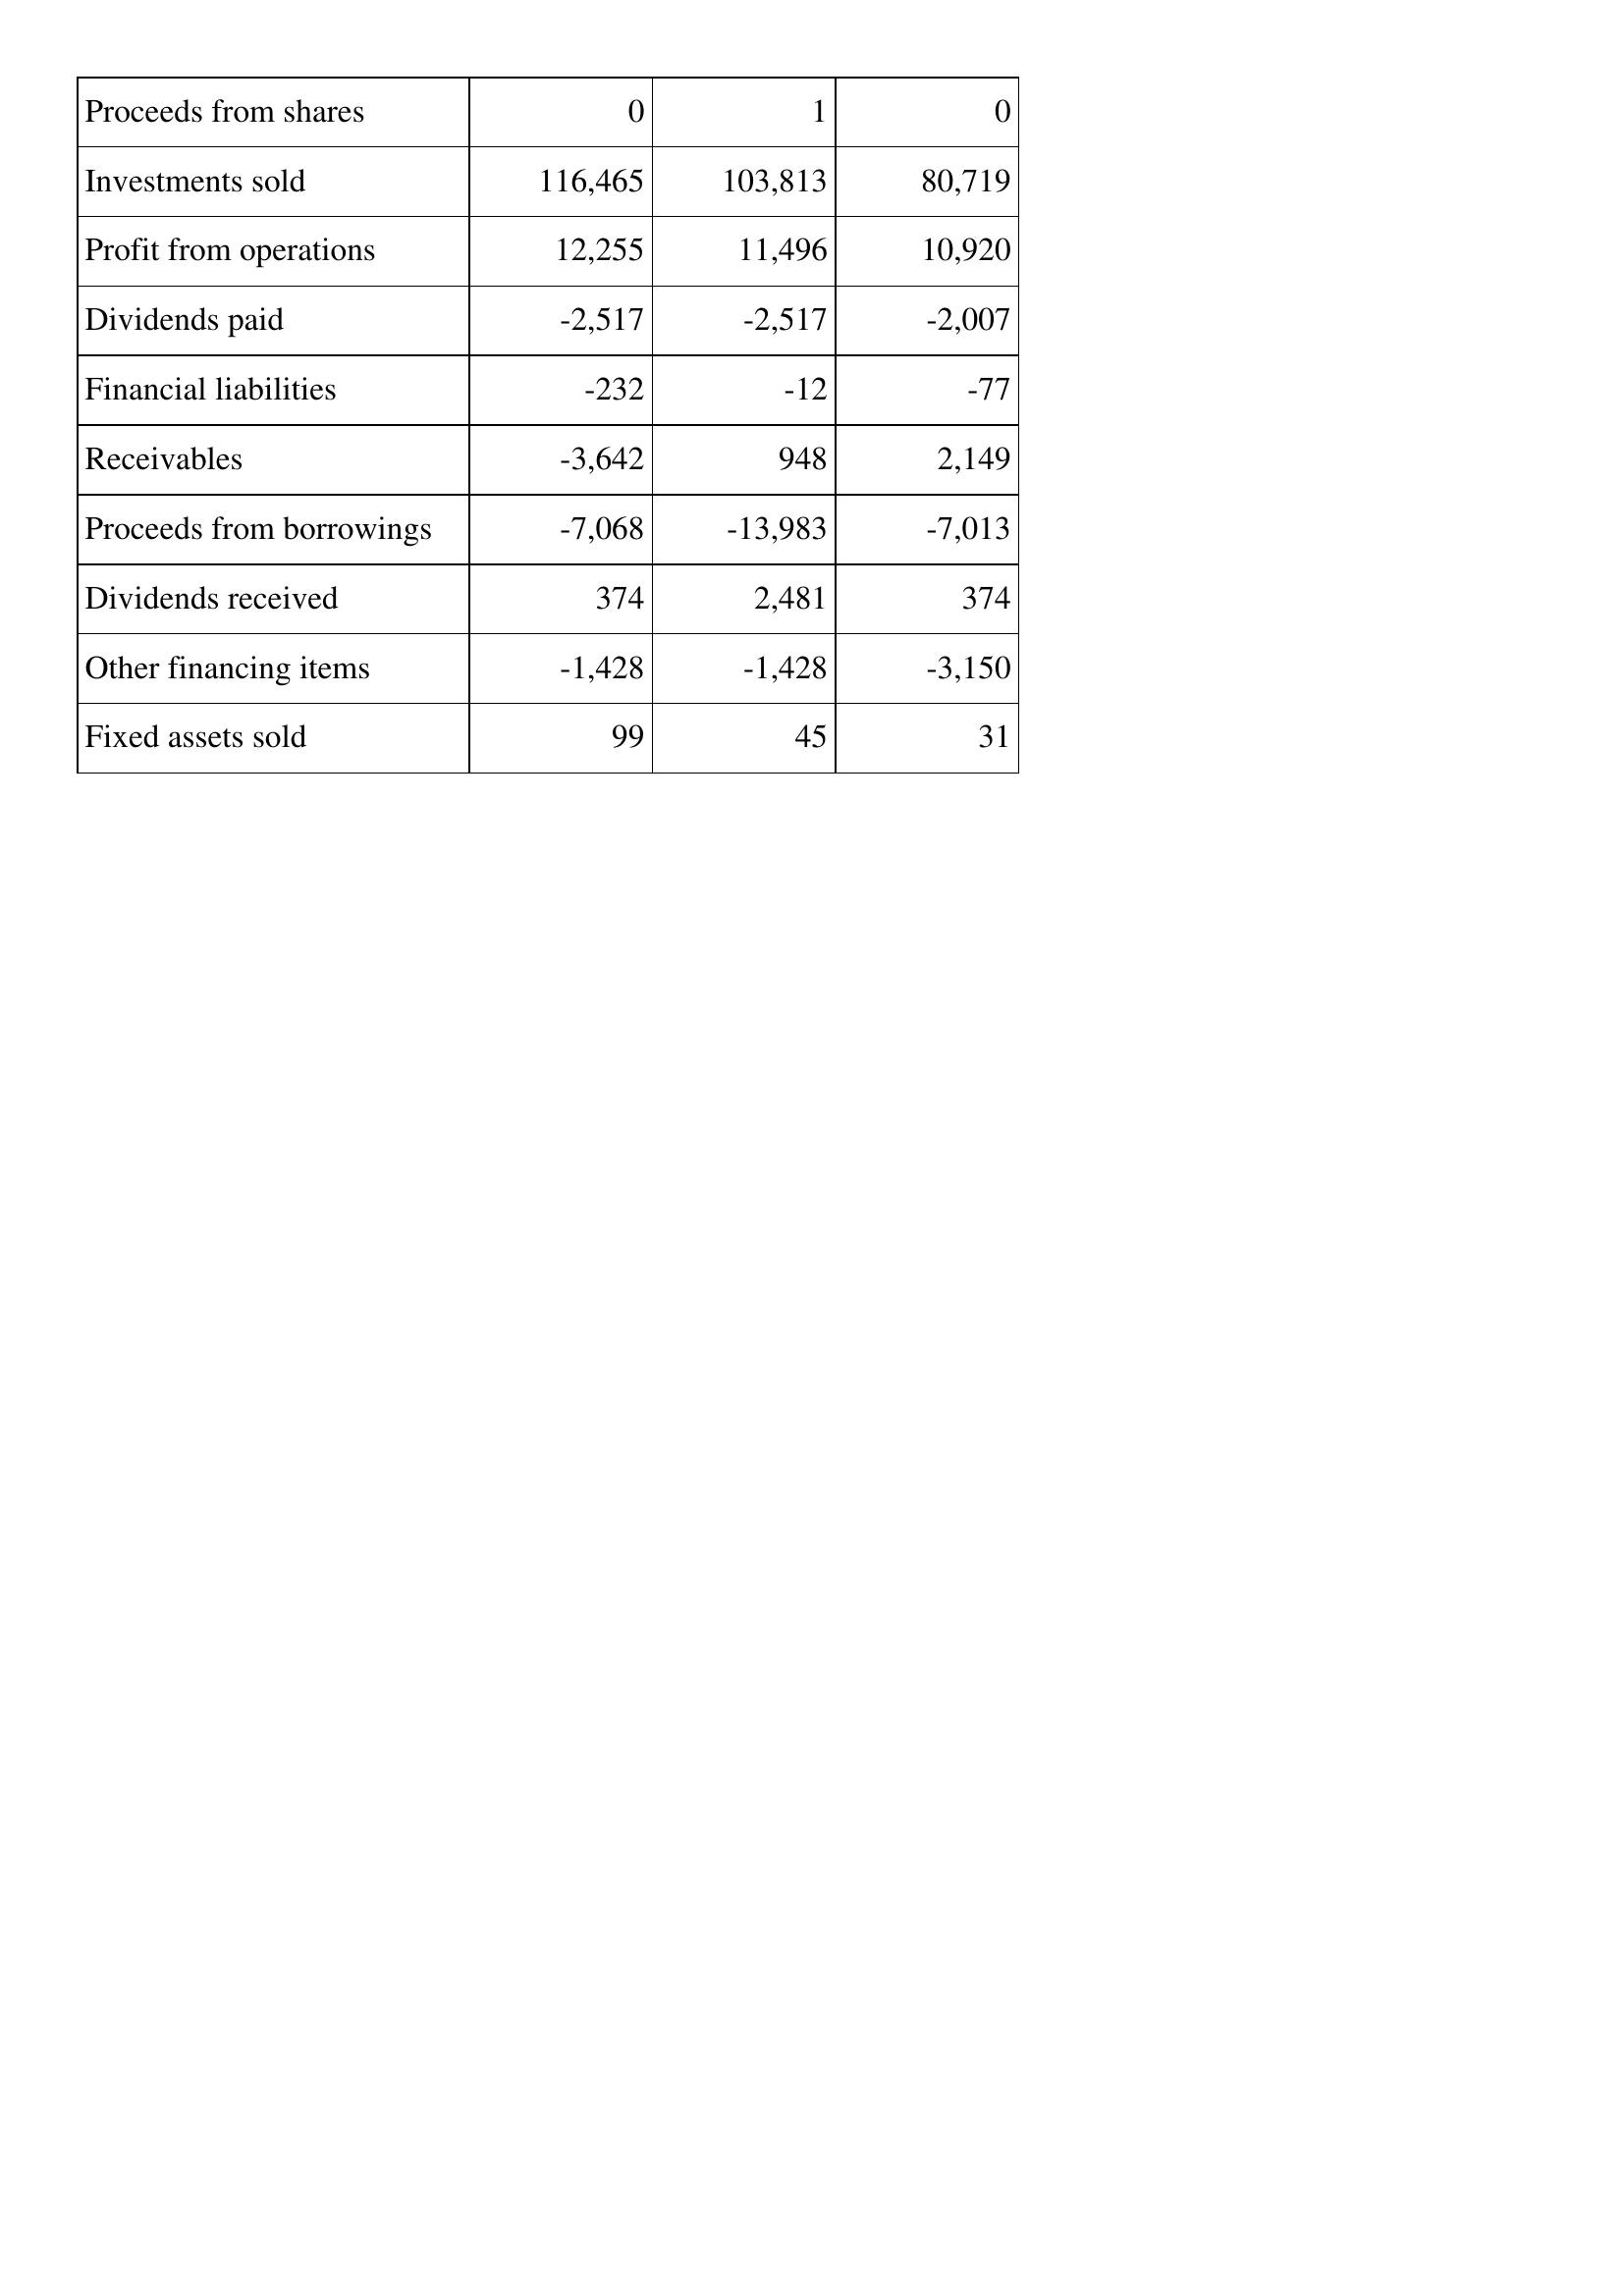
Apr-18: Cash Flows: Proceeds from shares: 0
Investments sold: 116,465
Profit from operations: 12,255
Dividends paid: -2,517
Financial liabilities: -232
Receivables: -3,642
Proceeds from borrowings: -7,068
Dividends received: 374
Other financing items: -1,428
Fixed assets sold: 99
Apr-17: Cash Flows: Proceeds from shares: 1
Investments sold: 103,813
Profit from operations: 11,496
Dividends paid: -2,517
Financial liabilities: -12
Receivables: 948
Proceeds from borrowings: -13,983
Dividends received: 2,481
Other financing items: -1,428
Fixed assets sold: 45
Apr-16: Cash Flows: Proceeds from shares: 0
Investments sold: 80,719
Profit from operations: 10,920
Dividends paid: -2,007
Financial liabilities: -77
Receivables: 2,149
Proceeds from borrowings: -7,013
Dividends received: 374
Other financing items: -3,150
Fixed assets sold: 31